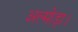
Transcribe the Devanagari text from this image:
अल्मोड़ा।